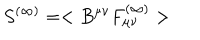
S ^ { ( \infty ) } = < B ^ { \mu \nu } F _ { \mu \nu } ^ { ( \infty ) } >